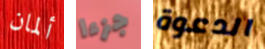
ألمان جزءا الدعوة